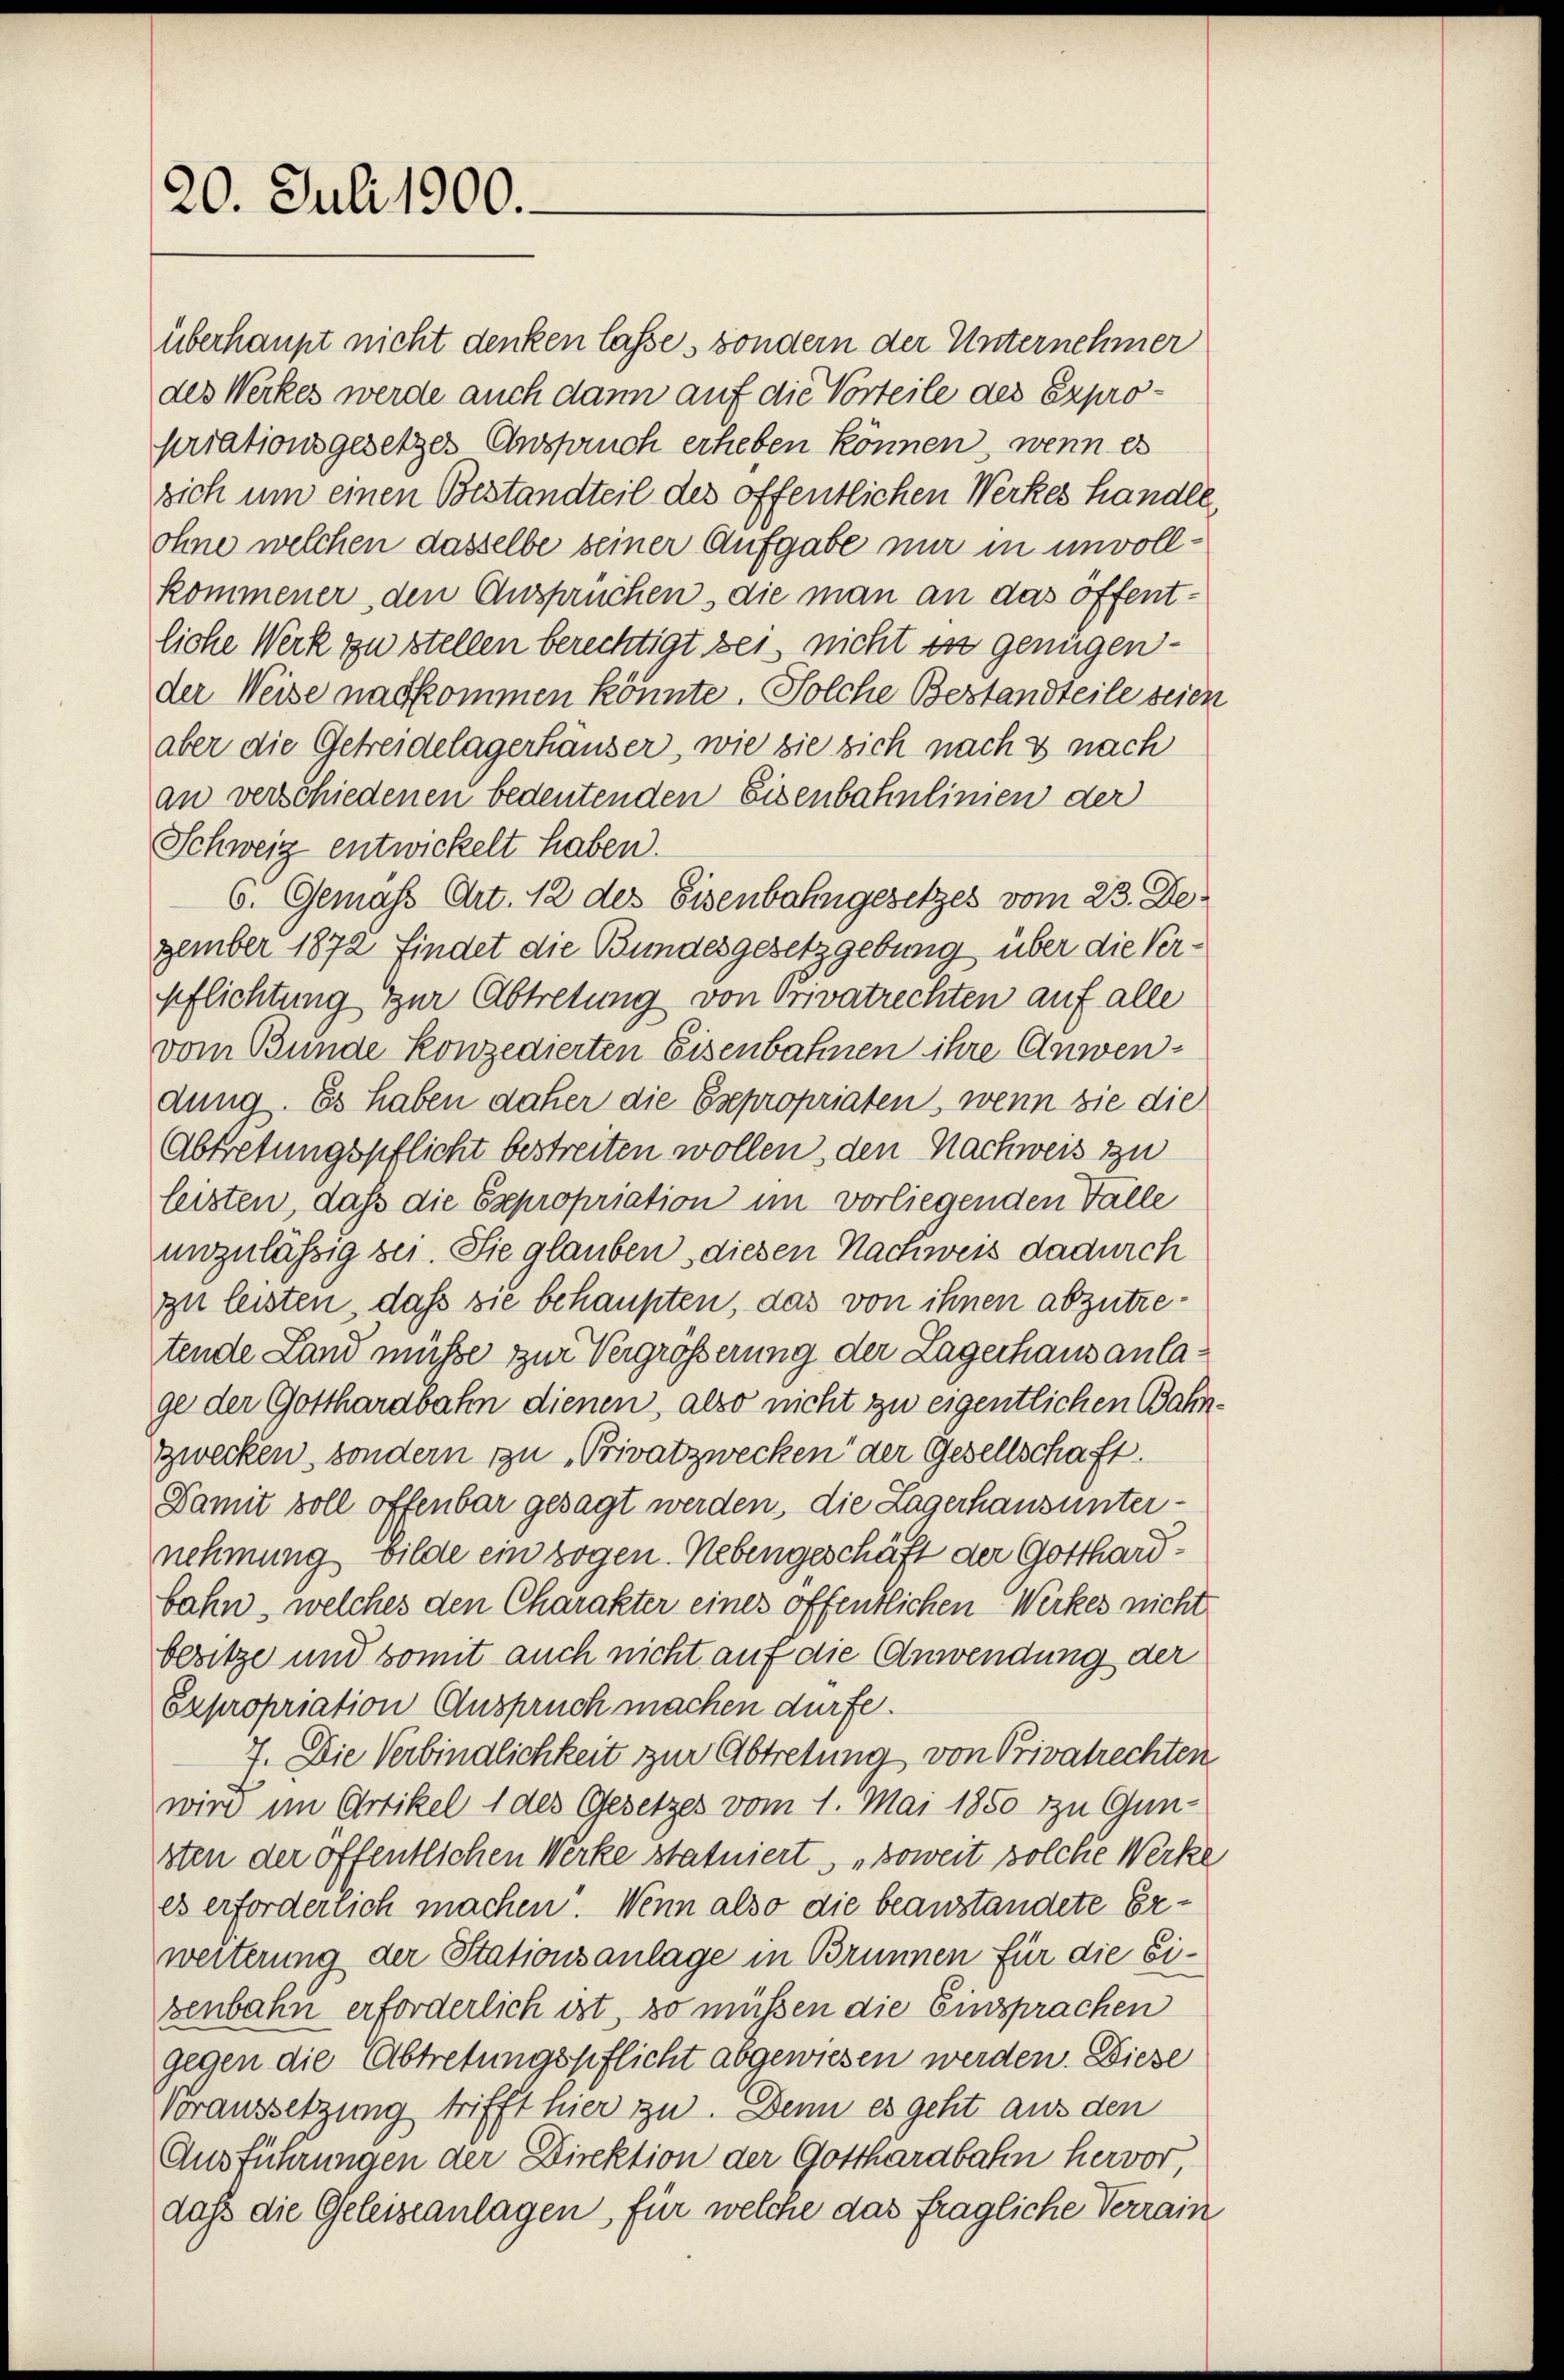
20. Juli 1900.

überhaupt nicht denken lasse, sondern der Unternehmer
des Werkes werde auch dann auf die Vorteile des Expropriationsgesetzes Anspruch erheben können, wenn es
sich um einen Bestandteil des öffentlichen Werkes handle,
ohne welchen dasselbe seiner Aufgabe nur in unvollkommener, den Ansprüchen, die man an das offentliche Werk zu stellen berechtigt sei nicht in genügender Weise nachkommen könnte. Solche Bestandteile seien
aber die Getreidelagerhauser, wie sie sich nach & nach
an verschiedenen bedeutenden Eisenbahnlinien der
Schweiz entwickelt haben.
6. Gemäss Art. 12 des Eisenbahngesetzes vom 23. Dezember 1872 findet die Bundesgesetzgebung über die Verpflichtung zur Abtretung von Orivatrechten auf alle
vom Bunde konzedierten Eisenbahnen ihre Anwendung. Es haben daher die Expropriaten, wenn sie die
Abtretungspflicht bestreiten wollen, den Nachweis zu
leisten, daß die Expropriation im vorliegenden Fälle
unzulässig sei. Sie glauben diesen Nachweis dadurch
zu leisten, daß sie behaupten, das von ihnen abzutretende Land müsse zur Vergrösserung der Lagerhaus anlage der Gotthardbahn dienen, also nicht zu eigentlichen Bahn.
zwecken, sondern zu Privatzwecken der Gesellschaft.
Damit soll offenbar gesagt werden, die Lagerhausunternehmung bilde ein zogen. Nebengeschäft der Gotthardbahn, welches den Charakter eines öffentlichen Werkes nicht
besitze und somit auch nicht auf die Anwendung der
Expropriation Anspruch machen dürfe.
7. Die Verbindlichkeit zur Abtretung von Privatrechten
wird im Artikel 1 des Gesetzes vom 1. Mai 1850 zu Gunsten der öffentlichen Werke statuiert, soweit solche Werke
es erforderlich machen. Wenn also die beanstandete Erweiterung der Stationsanlage in Brunnen für die Eisenbahn erforderlich ist, so müssen die Einsprachen
gegen die Abtretungspflicht abgewiesen werden. Diese
Voraussetzung trifft hier zu. Denn es geht aus den
Ausführungen der Direktion der Gotthardbahn hervor,
dass die Geleiseanlagen, für welche das fragliche Verrain